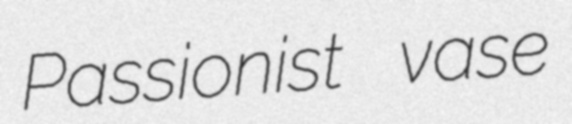
Passionist vase